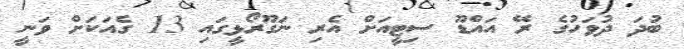
ބުދަ ދުވަހުގެ ރޭ އައްޑޫ ސިޓީއަށް އެރި ނަގޫރޯޅީގައި 13 ގެއަކަށް ވަނީ